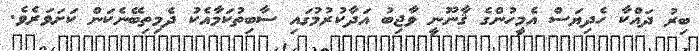
ބިރު ދައްކާ ހެދިޔަސް އެމީހުންގެ ޤާނޫނީ ވާޖިބު އަދާކުރުމުގައި ސާބިތުކަމާއެކު ދެމިތިބޭނެކަން ކަށަވަރެވެ.